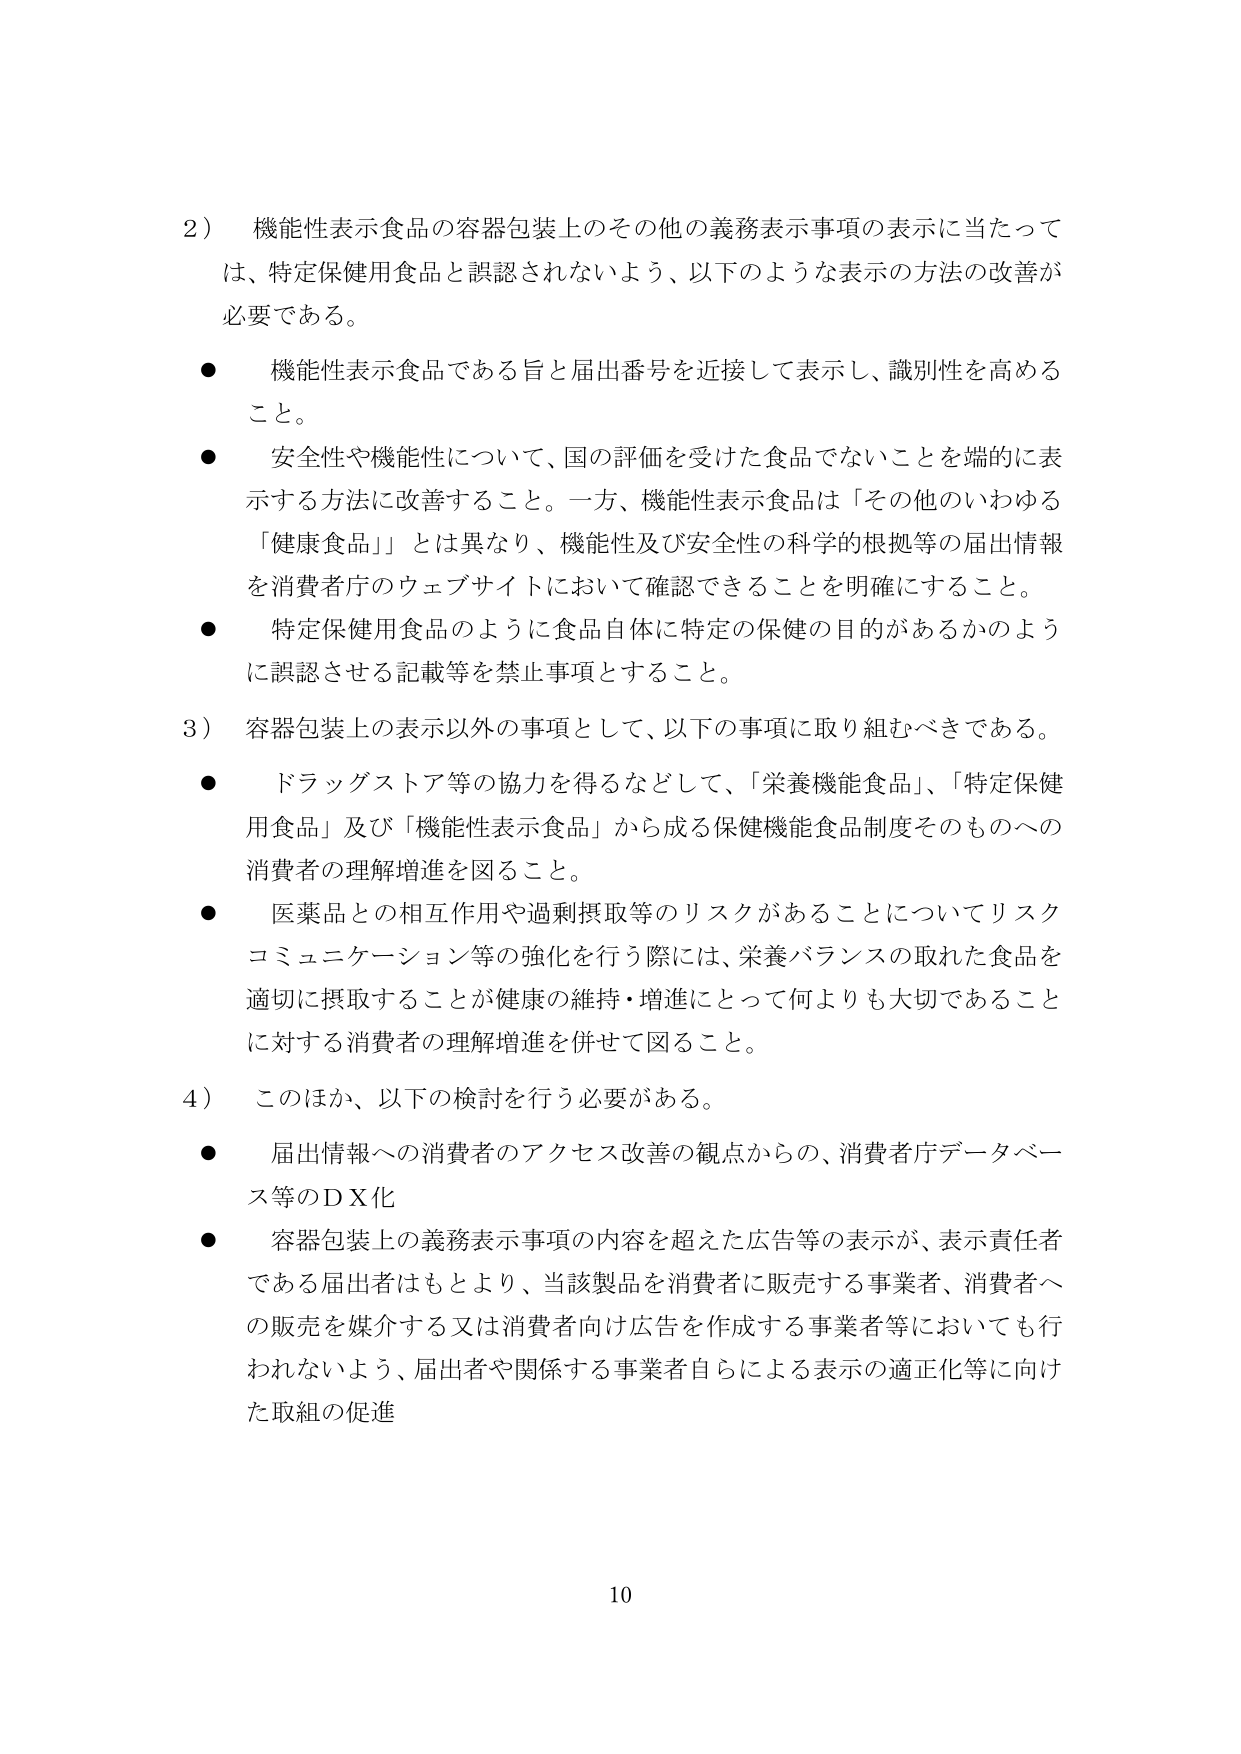
2） 機能性表示食品の容器包装上のその他の義務表示事項の表示に当たっては、特定保健用食品と誤認されないよう、以下のような表示の方法の改善が必要である。

● 機能性表示食品である旨と届出番号を近接して表示し、識別性を高めること。

● 安全性や機能性について、国の評価を受けた食品でないことを端的に表示する方法に改善すること。一方、機能性表示食品は「その他のいわゆる「健康食品」」とは異なり、機能性及び安全性の科学的根拠等の届出情報を消費者庁のウェブサイトにおいて確認できることを明確にすること。

● 特定保健用食品のように食品自体に特定の保健の目的があるかのように誤認させる記載等を禁止事項とすること。

3） 容器包装上の表示以外の事項として、以下の事項に取り組むべきである。

● ドラッグストア等の協力を得るなどして、「栄養機能食品」、「特定保健用食品」及び「機能性表示食品」から成る保健機能食品制度そのものへの消費者の理解増進を図ること。

● 医薬品との相互作用や過剰摂取等のリスクがあることについてリスクコミュニケーション等の強化を行う際には、栄養バランスの取れた食品を適切に摂取することが健康の維持・増進にとって何よりも大切であることに対する消費者の理解増進を併せて図ること。

4） このほか、以下の検討を行う必要がある。

● 届出情報への消費者のアクセス改善の観点からの、消費者庁データベース等のＤＸ化

● 容器包装上の義務表示事項の内容を超えた広告等の表示が、表示責任者である届出者はもとより、当該製品を消費者に販売する事業者、消費者への販売を媒介する又は消費者向け広告を作成する事業者等においても行われないよう、届出者や関係する事業者自らによる表示の適正化等に向けた取組の促進

10